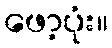
ဖော့ပုံး။